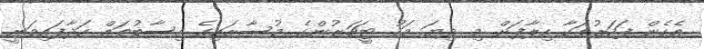
އެހެން ފަހަރުތަކާ ހިލާފަށް މި ދިޔަ މަހު ޓީޗަރުންގެ މުސާރައިގެ ހިސާބުތައް ހަދާފައިވަނީ